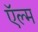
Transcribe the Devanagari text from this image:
ऍल्म